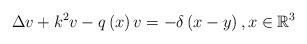
LaTeX: \begin{align*}\Delta v+k^{2}v-q\left( x\right) v=-\delta \left( x-y\right) ,x\in \mathbb{R}^{3} \end{align*}